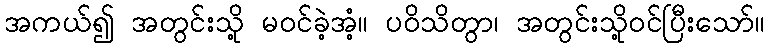
အကယ်၍ အတွင်းသို့ မဝင်ခဲ့အံ့။ ပဝိသိတွာ၊ အတွင်းသို့ဝင်ပြီးသော်။